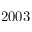
2 0 0 3